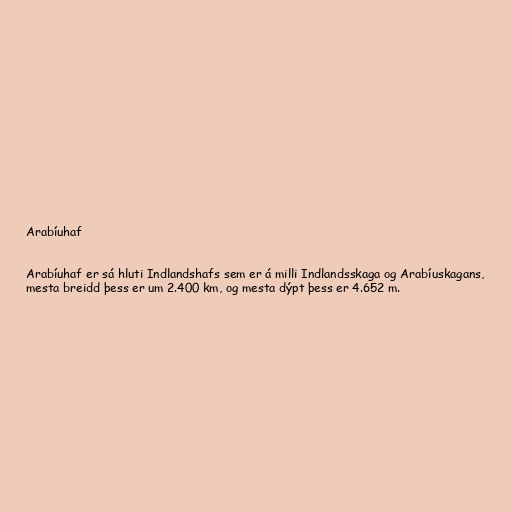
Arabíuhaf

Arabíuhaf er sá hluti Indlandshafs sem er á milli Indlandsskaga og Arabíuskagans,
mesta breidd þess er um 2.400 km, og mesta dýpt þess er 4.652 m.